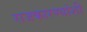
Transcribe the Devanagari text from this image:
राजकारण्यांशी